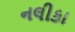
નલીકા